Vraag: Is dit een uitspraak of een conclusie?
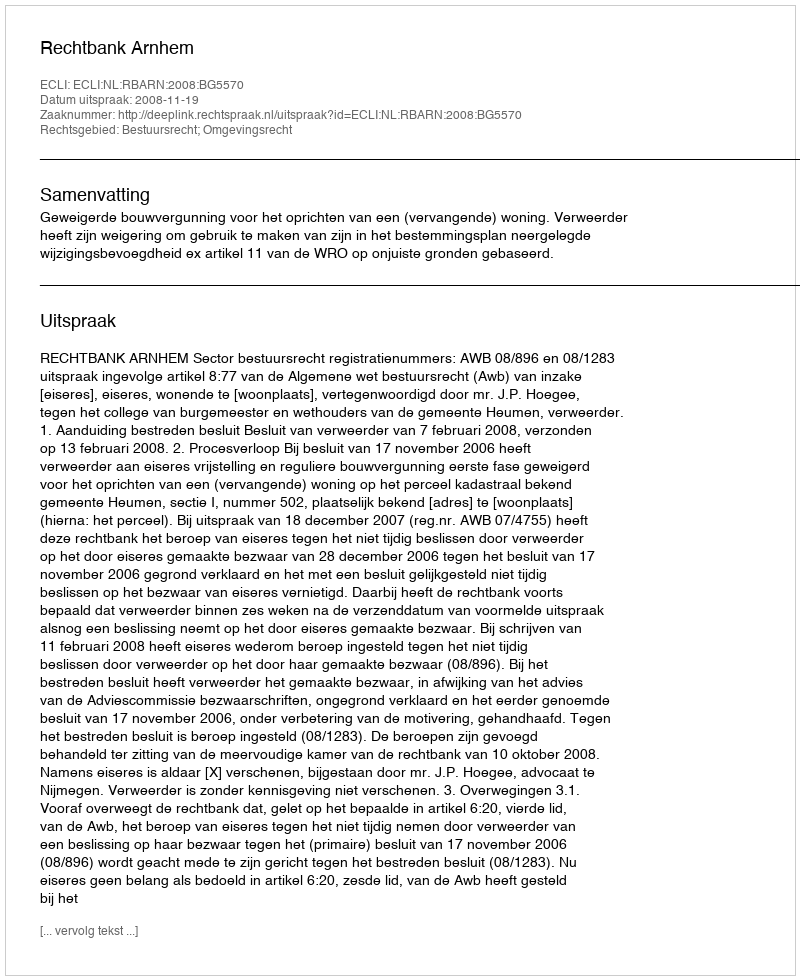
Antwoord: Uitspraak